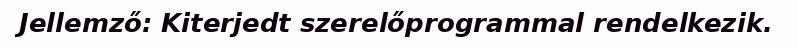
Jellemző: Kiterjedt szerelőprogrammal rendelkezik.